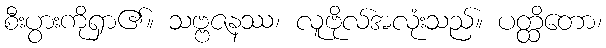
စီးပွားကိုရှာ၏။ သဗ္ဗဇနဿ၊ လူဗိုလ်အလုံးသည်။ ပတ္ထိတော၊